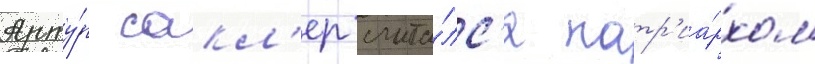
Арту́р сакл'ер счита́лс'я патр'иа́рхом